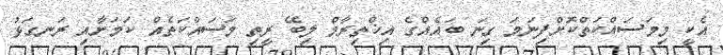
އެކީ މިމަސައްކަތްކޮށްފިނަމަ ގިނަ ބައެއްގެ އިޚްތިރާމް ލިބޭ ރީތި މަސައްކަތެއް ކަމަށާއި ރަނގަޅު